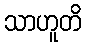
သာဟူတိ